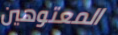
المعتوهين